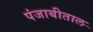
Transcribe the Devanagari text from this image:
पंजाबीताल